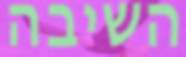
השיבה